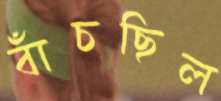
বাঁচছিল